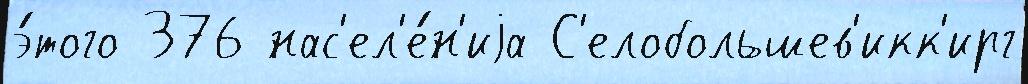
э́того 376 нас'ел'е́н'иjа С'елобольшев'икк'ирг